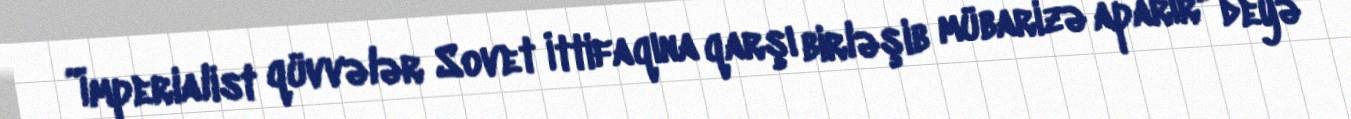
”İmperialist qüvvələr Sovet İttifaqına qarşı birləşib mübarizə aparır" deyə